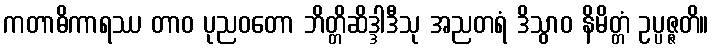
ကတာဓိကာရဿ တာဝ ပုညဝတော ဘိတ္တိဆိဒ္ဒါဒီသု အညတရံ ဒိသွာဝ နိမိတ္တံ ဥပ္ပဇ္ဇတိ။